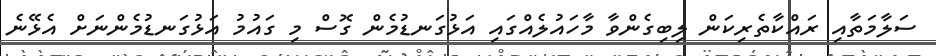
ސަލާމަތާއި ރައްކާތެރިކަން ލިބިގެންވާ މާހައުލެއްގައި އަޅުގަނޑުމެން ގޮސް މި ގައުމު އަޅުގަނޑުމެންނަށް އެޅޭނެ